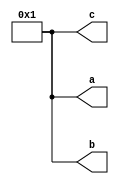
`timescale 1ns / 1ps
//////////////////////////////////////////////////////////////////////////////////
// Company: 
// Engineer: 
// 
// Design Name: 
// Module Name:    test 
// Project Name: 
// Target Devices: 
// Tool versions: 
// Description: 
//
// Dependencies: 
//
// Revision: 
// Revision 0.01 - File Created
// Additional Comments: 
//
//////////////////////////////////////////////////////////////////////////////////
module test(
output 	reg [31:0] a,
output 	reg [31:0] b,
output 	reg [31:0] c
    );
initial begin
	a=1;
	b=0;
	c=1;
end
// a=1 b=1 c=1
initial begin
	#1;
	a<=b;
	b=c;
	c<=b;
end

endmodule